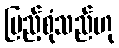
ပြည့်စုံသည်ဟု